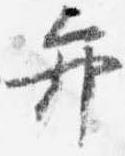
弁